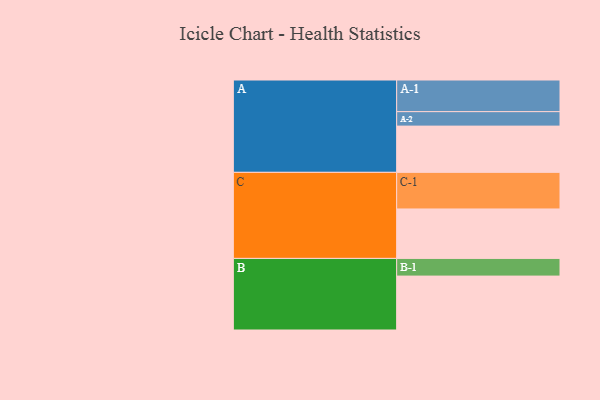
{"axis": {"x": "Segment", "y": "Value"}, "legend": ["", "A", "B", "C"], "data": [{"x": "A", "y": 374, "type": ""}, {"x": "B", "y": 436, "type": ""}, {"x": "C", "y": 400, "type": ""}, {"x": "A-1", "y": 256, "type": "A"}, {"x": "A-2", "y": 117, "type": "A"}, {"x": "B-1", "y": 143, "type": "B"}, {"x": "C-1", "y": 296, "type": "C"}]}